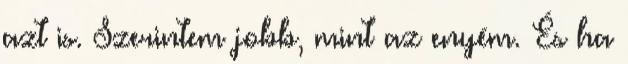
azt is. Szerintem jobb, mint az enyém. És ha